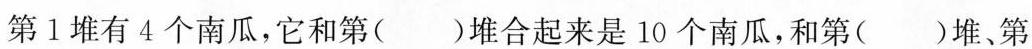
第 1 堆有 4 个南瓜，它和第( )堆合起来是 10 个南瓜，和第( )堆、第